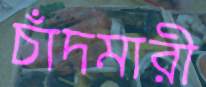
চাঁদমারী